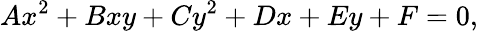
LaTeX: Ax^{2}+Bxy+Cy^{2}+Dx+Ey+F=0,